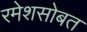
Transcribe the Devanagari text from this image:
रमेशसोबत